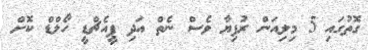
ގޮތުގައި 5 މިލިއަން ރުފިޔާ ވެސް ނެތް އަދި ޕީއެޗްޑީ ހޯލްޑް ކޮށް